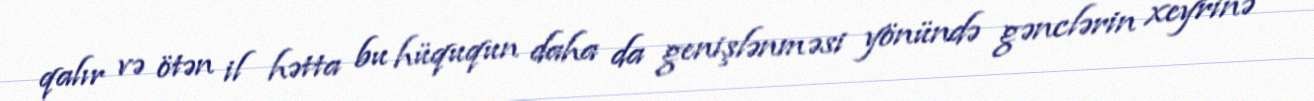
qalır və ötən il hətta bu hüququn daha da genişlənməsi yönündə gənclərin xeyrinə